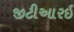
જીટીઆરઇ